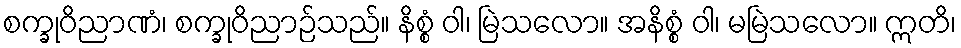
စက္ခုဝိညာဏံ၊ စက္ခုဝိညာဉ်သည်။ နိစ္စံ ဝါ၊ မြဲသလော။ အနိစ္စံ ဝါ၊ မမြဲသလော။ ဣတိ၊